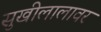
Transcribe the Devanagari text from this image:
सुखीलालावर